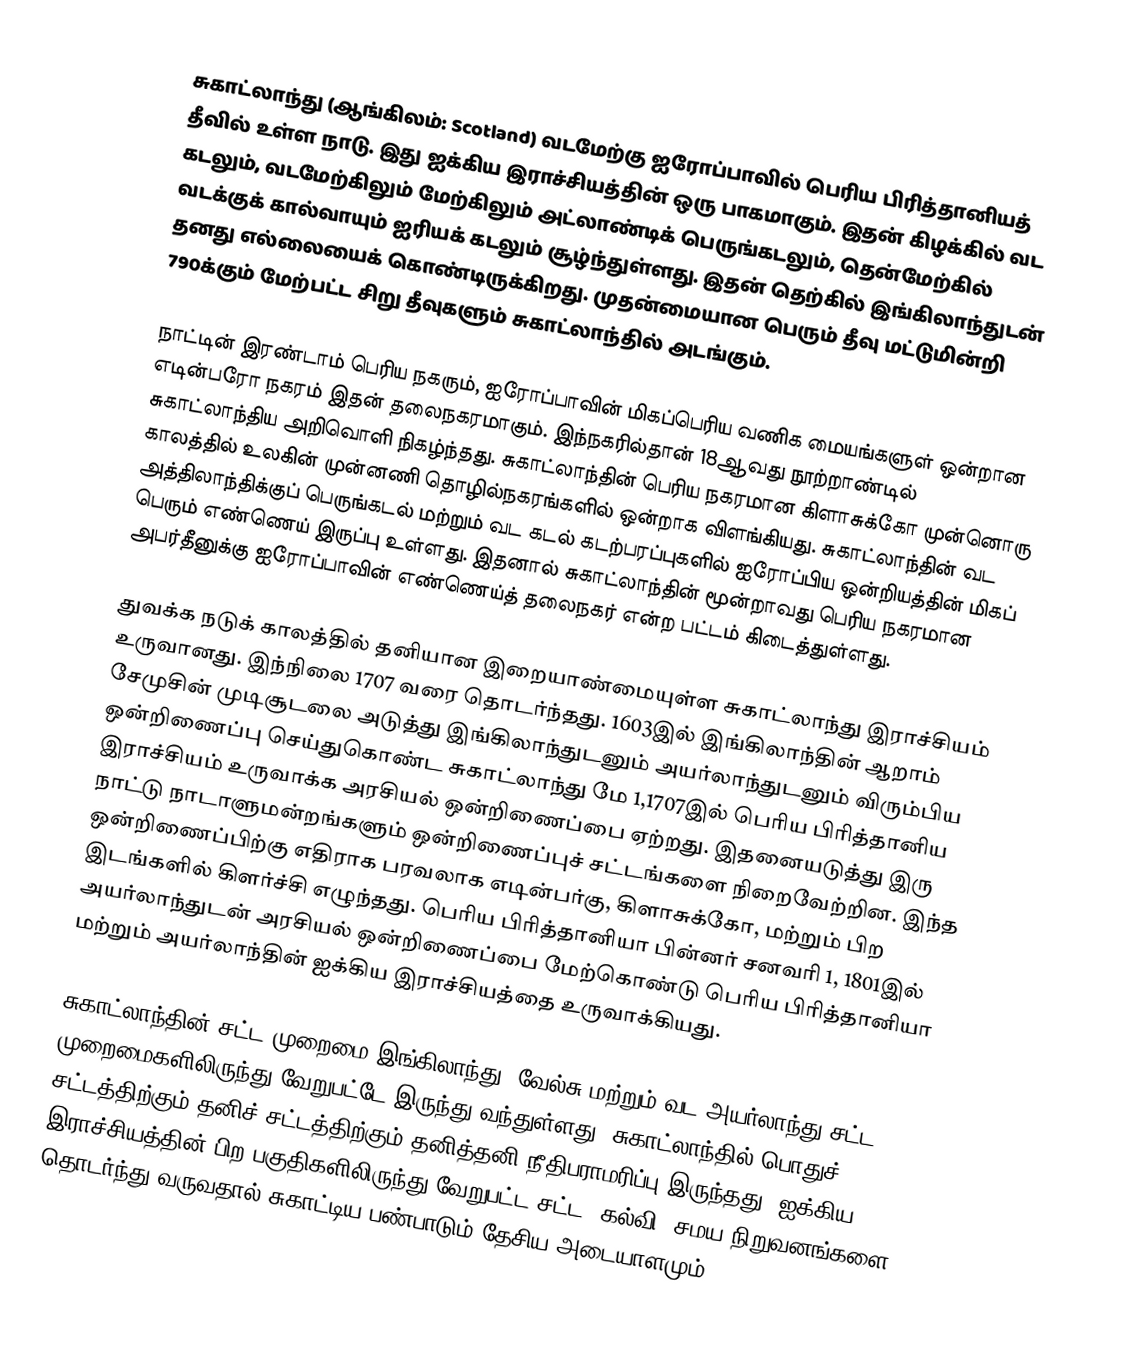
சுகாட்லாந்து (ஆங்கிலம்: Scotland) வடமேற்கு ஐரோப்பாவில் பெரிய பிரித்தானியத் தீவில் உள்ள நாடு.  இது ஐக்கிய இராச்சியத்தின் ஒரு பாகமாகும். இதன் கிழக்கில் வட கடலும், வடமேற்கிலும் மேற்கிலும் அட்லாண்டிக் பெருங்கடலும், தென்மேற்கில் வடக்குக் கால்வாயும் ஐரியக் கடலும் சூழ்ந்துள்ளது. இதன் தெற்கில் இங்கிலாந்துடன் தனது எல்லையைக் கொண்டிருக்கிறது.  முதன்மையான பெரும் தீவு மட்டுமின்றி 790க்கும் மேற்பட்ட சிறு தீவுகளும் சுகாட்லாந்தில் அடங்கும்.

நாட்டின் இரண்டாம் பெரிய நகரும், ஐரோப்பாவின் மிகப்பெரிய வணிக மையங்களுள் ஒன்றான எடின்பரோ நகரம் இதன் தலைநகரமாகும்.  இந்நகரில்தான் 18ஆவது நூற்றாண்டில் சுகாட்லாந்திய அறிவொளி நிகழ்ந்தது. சுகாட்லாந்தின்  பெரிய நகரமான கிளாசுக்கோ முன்னொரு காலத்தில் உலகின் முன்னணி தொழில்நகரங்களில் ஒன்றாக விளங்கியது. சுகாட்லாந்தின் வட அத்திலாந்திக்குப் பெருங்கடல் மற்றும் வட கடல் கடற்பரப்புகளில் ஐரோப்பிய ஒன்றியத்தின் மிகப் பெரும் எண்ணெய் இருப்பு உள்ளது.  இதனால் சுகாட்லாந்தின் மூன்றாவது பெரிய நகரமான அபர்தீனுக்கு ஐரோப்பாவின் எண்ணெய்த் தலைநகர் என்ற பட்டம் கிடைத்துள்ளது.

துவக்க நடுக் காலத்தில் தனியான இறையாண்மையுள்ள சுகாட்லாந்து இராச்சியம் உருவானது. இந்நிலை 1707 வரை தொடர்ந்தது. 1603இல் இங்கிலாந்தின் ஆறாம் சேமுசின் முடிசூடலை அடுத்து இங்கிலாந்துடனும் அயர்லாந்துடனும் விரும்பிய ஒன்றிணைப்பு செய்துகொண்ட சுகாட்லாந்து மே 1,1707இல் பெரிய பிரித்தானிய இராச்சியம் உருவாக்க அரசியல் ஒன்றிணைப்பை ஏற்றது. இதனையடுத்து இரு நாட்டு நாடாளுமன்றங்களும் ஒன்றிணைப்புச் சட்டங்களை நிறைவேற்றின. இந்த ஒன்றிணைப்பிற்கு எதிராக பரவலாக  எடின்பர்கு, கிளாசுக்கோ, மற்றும் பிற இடங்களில் கிளர்ச்சி எழுந்தது. பெரிய பிரித்தானியா பின்னர் சனவரி 1, 1801இல்  அயர்லாந்துடன் அரசியல் ஒன்றிணைப்பை மேற்கொண்டு  பெரிய பிரித்தானியா மற்றும் அயர்லாந்தின் ஐக்கிய இராச்சியத்தை உருவாக்கியது.

சுகாட்லாந்தின் சட்ட முறைமை இங்கிலாந்து,  வேல்சு மற்றும் வட அயர்லாந்து சட்ட முறைமைகளிலிருந்து வேறுபட்டே இருந்து வந்துள்ளது. சுகாட்லாந்தில் பொதுச் சட்டத்திற்கும் தனிச் சட்டத்திற்கும் தனித்தனி நீதிபராமரிப்பு இருந்தது. ஐக்கிய இராச்சியத்தின் பிற பகுதிகளிலிருந்து  வேறுபட்ட சட்ட, கல்வி, சமய நிறுவனங்களை தொடர்ந்து வருவதால் சுகாட்டிய பண்பாடும் தேசிய அடையாளமும் 170